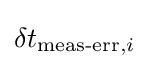
\displaystyle \delta t_{{\text{meas-err}},i}